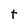
Character: t